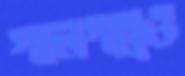
গালগল্পও